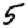
Digit: 5